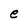
Character: e